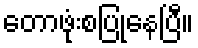
တောဖုံးစပြုနေပြီ။